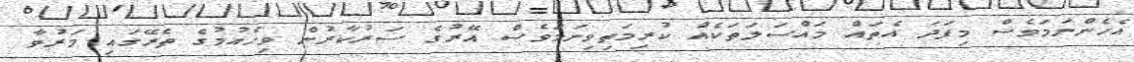
އެހެންނަމަވެސް މިފަދަ އެތައް މައްސަލަތަކެއް ކުރިމަތިވިނަމަވެސް އޭރުގެ ސަރުކާރުން ވިހެއުމުގެ ތެރޭގައި މަރުވާ